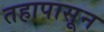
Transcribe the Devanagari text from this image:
तहापासून